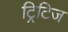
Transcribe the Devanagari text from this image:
ट्रिटिज